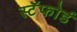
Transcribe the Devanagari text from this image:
स्टॅफोर्ड